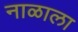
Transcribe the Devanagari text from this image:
नाळाला